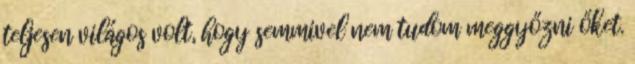
teljesen világos volt, hogy semmivel nem tudom meggyőzni őket.